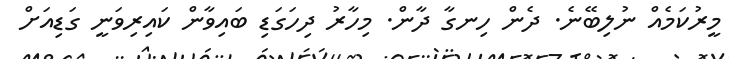
މީރުކަމެއް ނުލިބޭނެ. ދެން ހިނގާ ދާން. މިހާރު ދިހަގަޑި ބައިވާން ކައިރިވަނީ ގަޑިއަށް